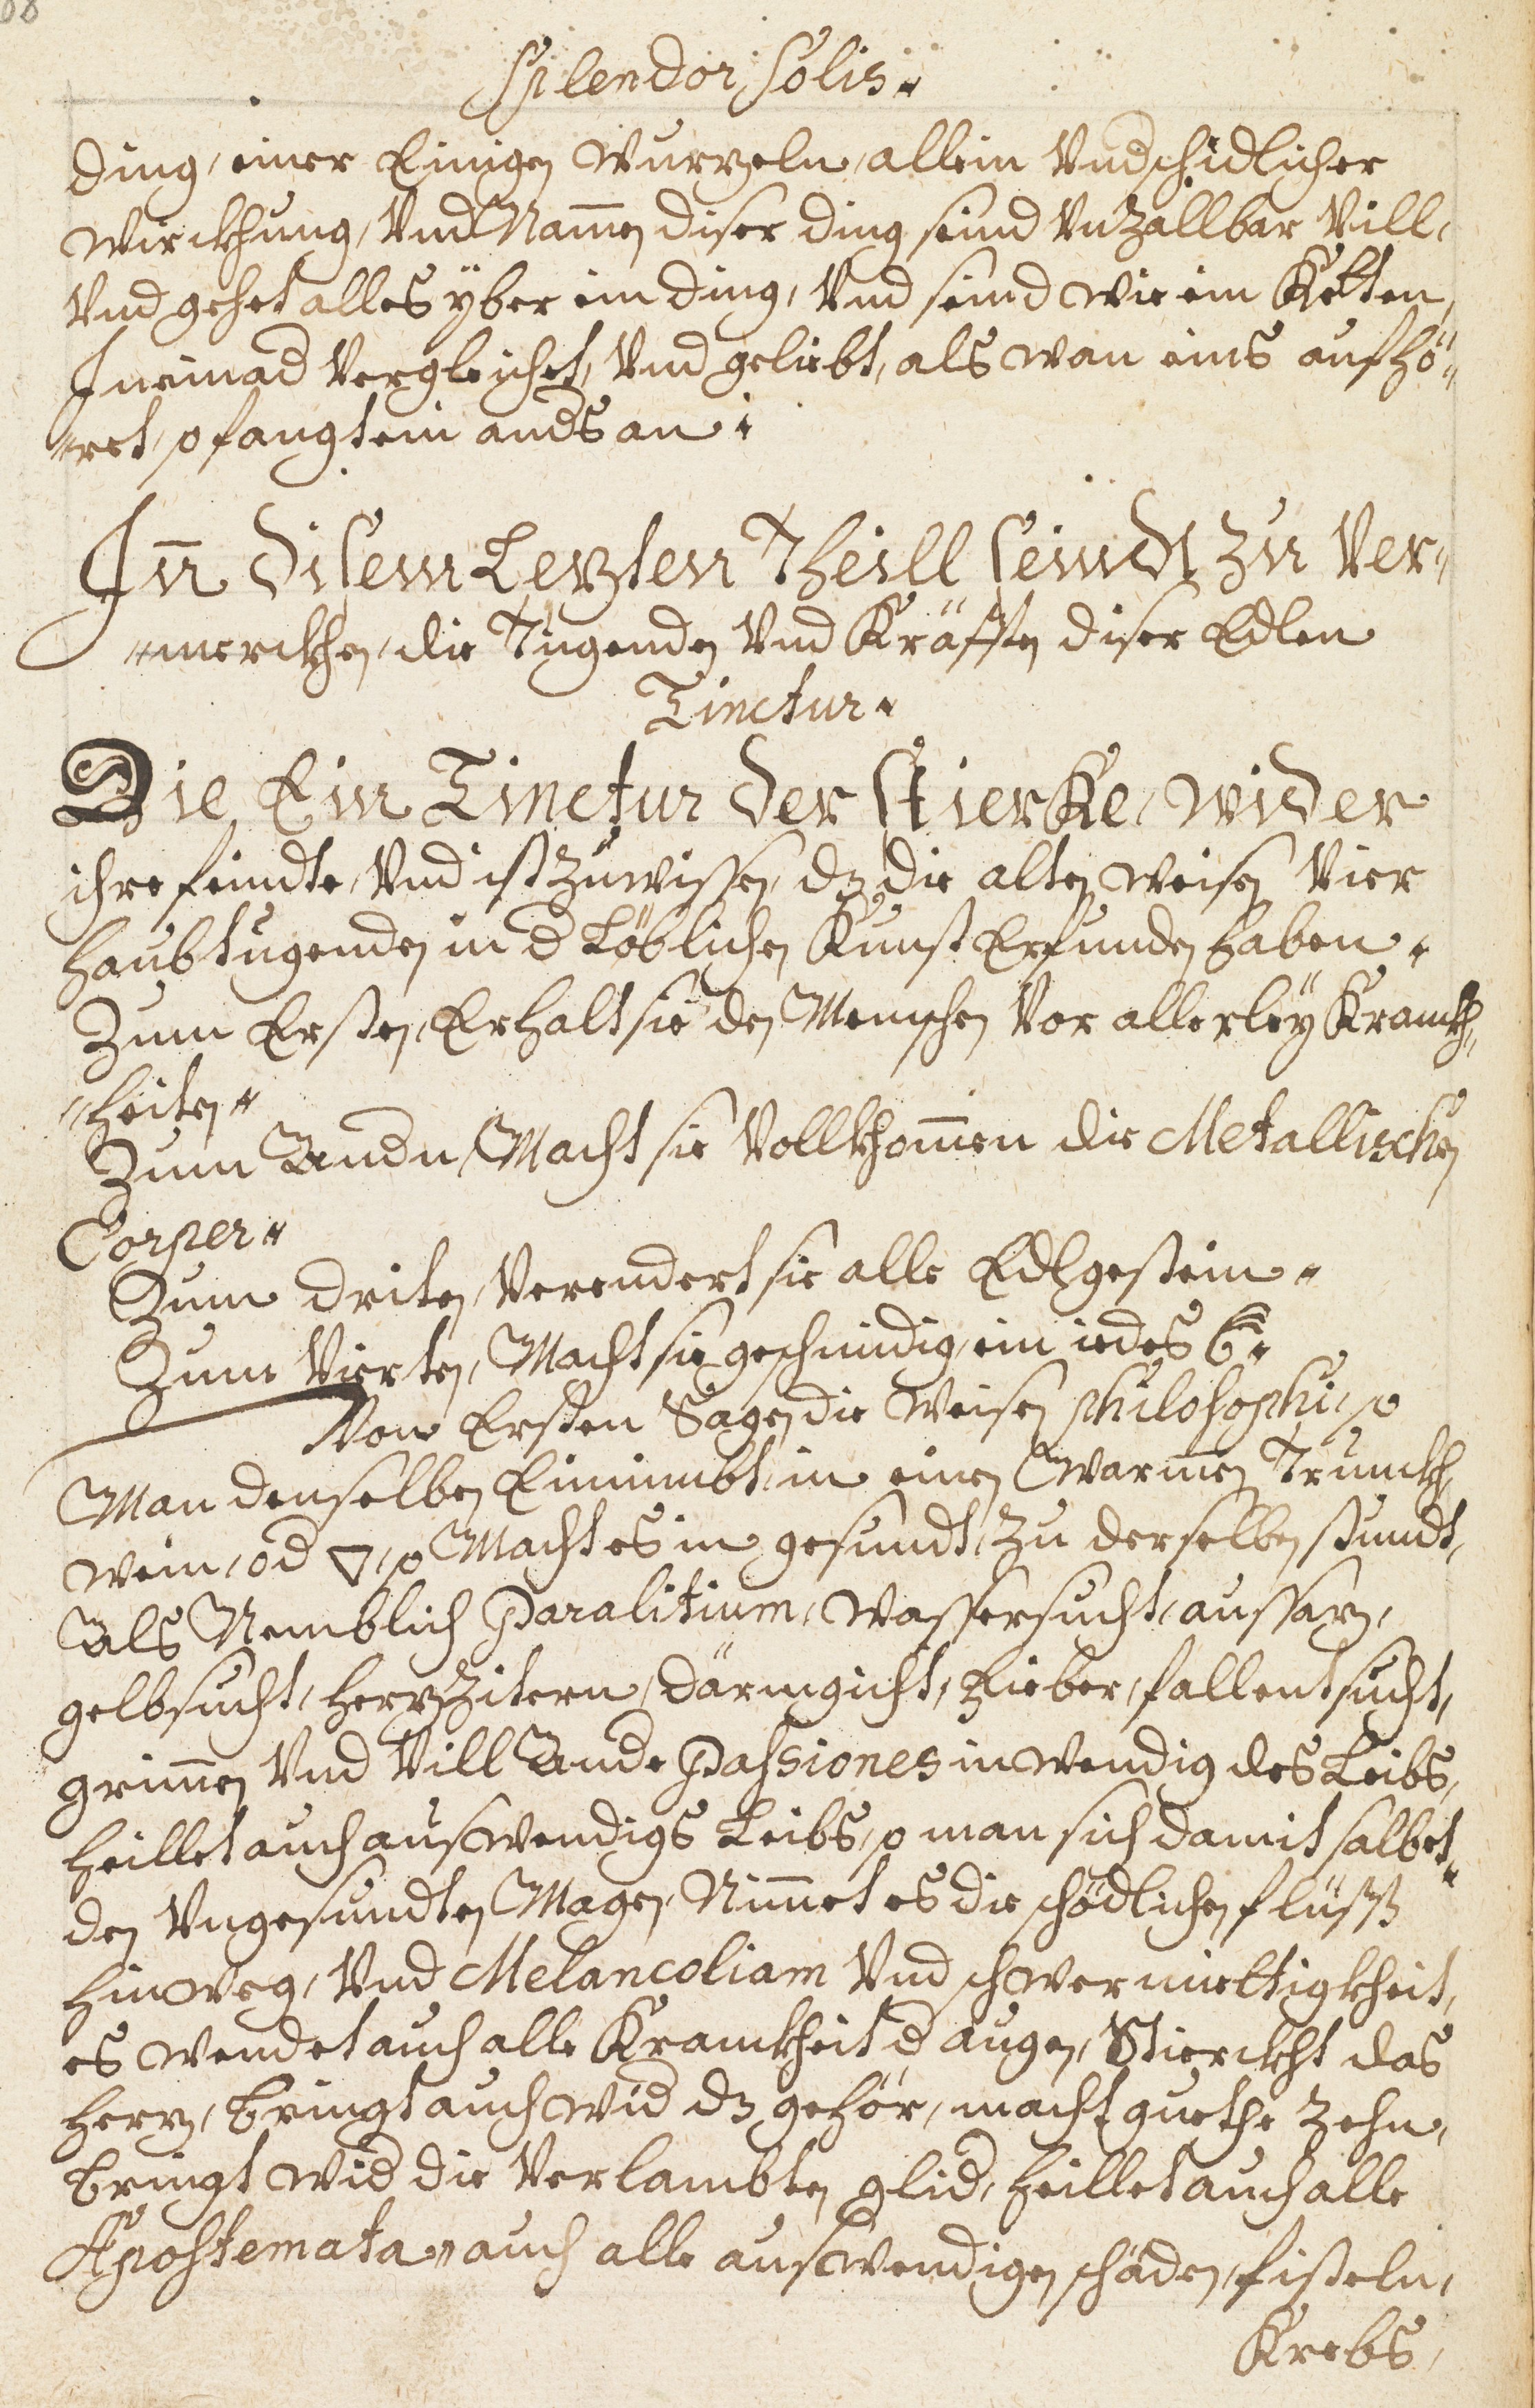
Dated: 1598–1699